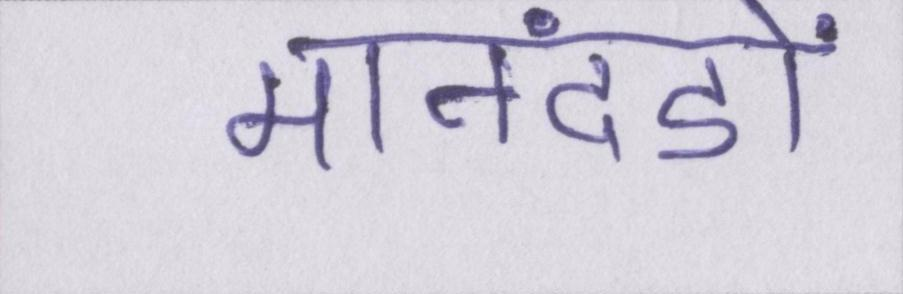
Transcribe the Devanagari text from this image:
मानदंडों